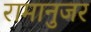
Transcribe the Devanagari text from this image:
रामानुजर